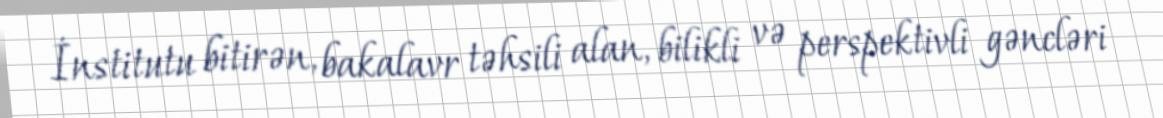
İnstitutu bitirən, bakalavr təhsili alan, bilikli və perspektivli gəncləri